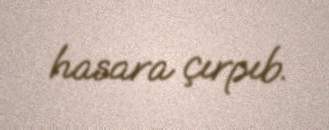
hasara çırpıb.